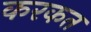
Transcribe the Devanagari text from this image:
करकत